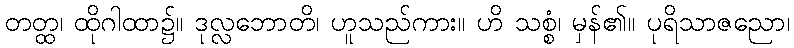
တတ္ထ၊ ထိုဂါထာ၌။ ဒုလ္လဘောတိ၊ ဟူသည်ကား။ ဟိ သစ္စံ၊ မှန်၏။ ပုရိသာဇညော၊